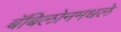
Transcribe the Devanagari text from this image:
बॅबिलोनमधले